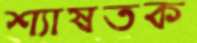
শ্যাষতক